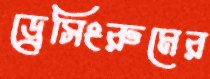
ড্রেসিংরুমের